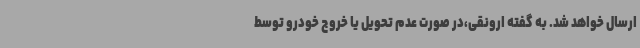
ارسال خواهد شد. به گفته ارونقی،در صورت عدم تحویل یا خروج خودرو توسط